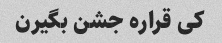
کی قراره جشن بگیرن